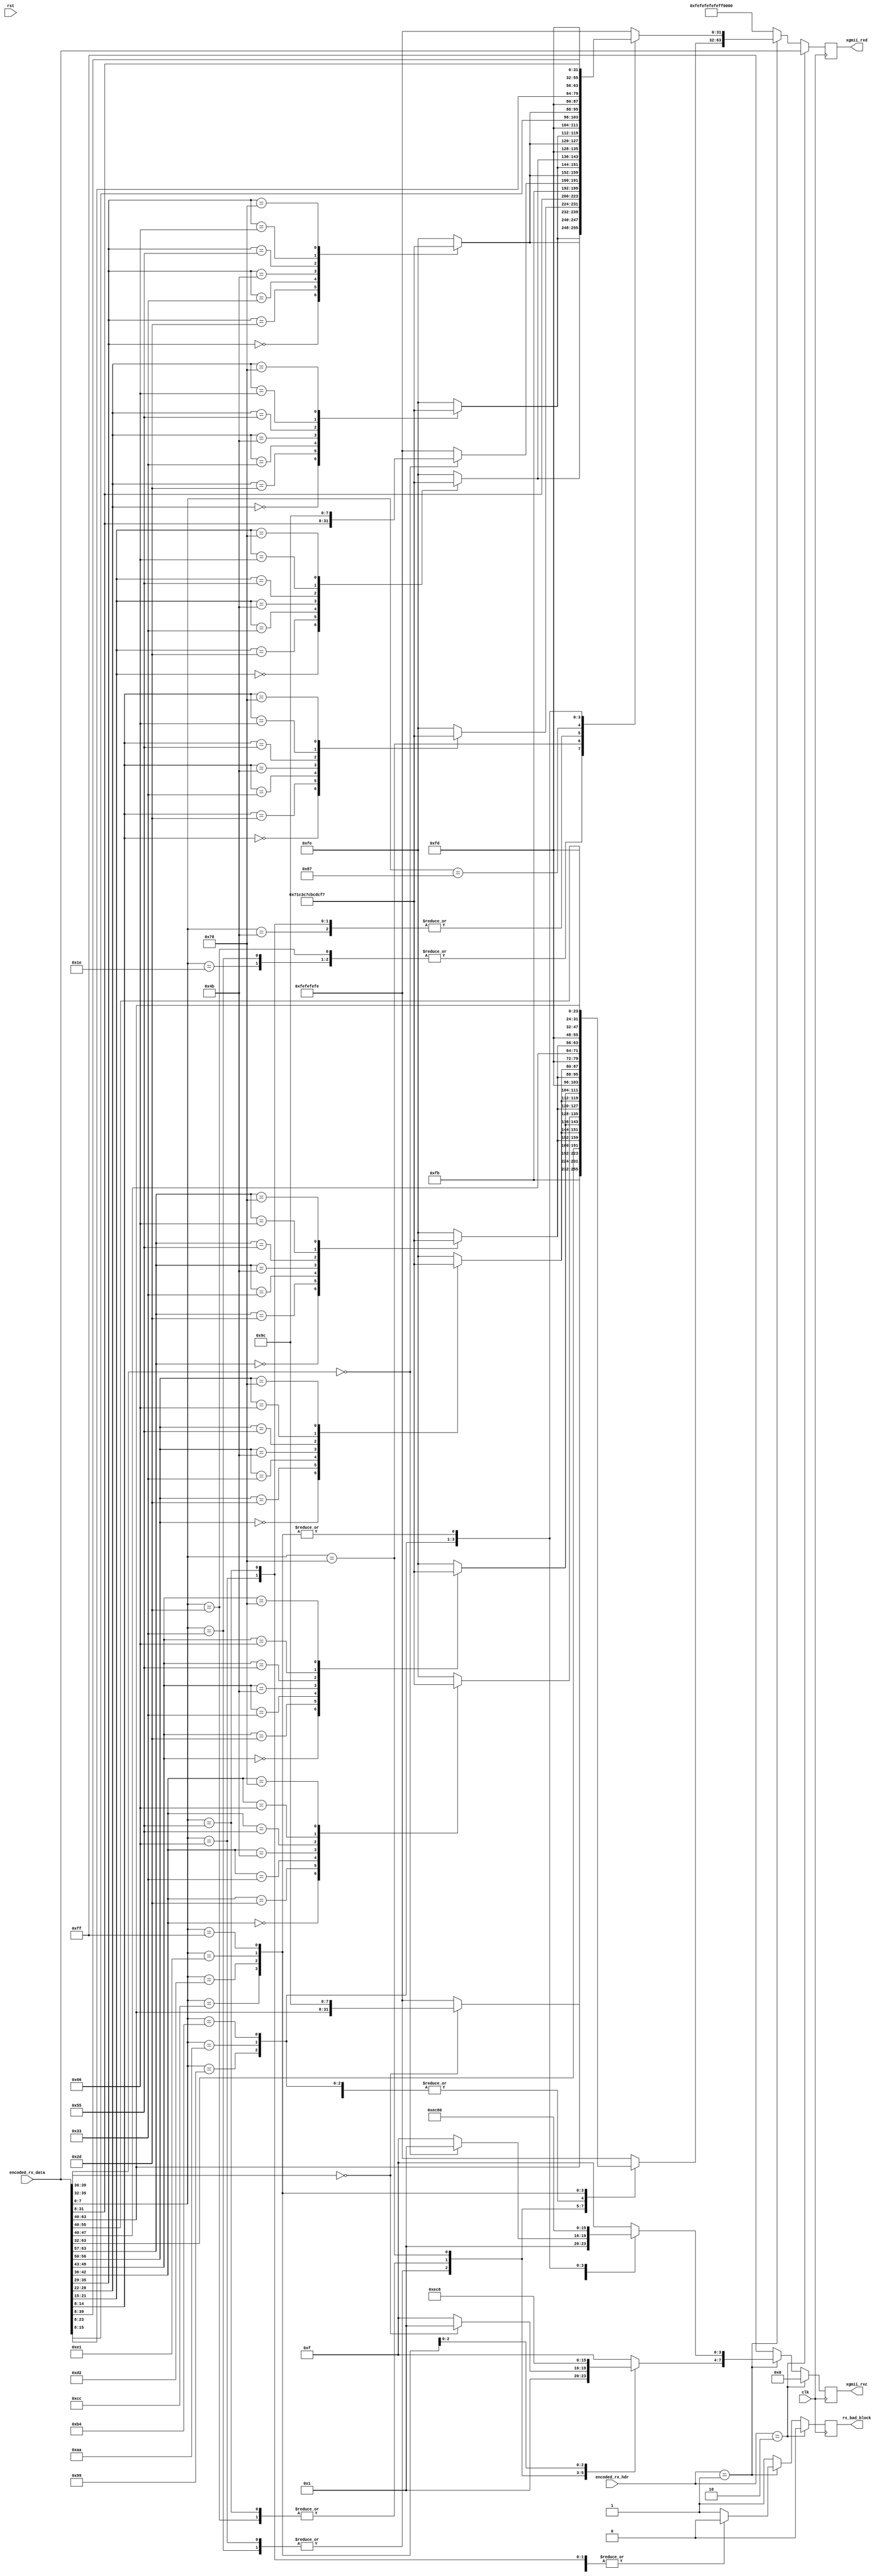
module xgmii_baser_dec_64 #
(
    parameter DATA_WIDTH = 64,
    parameter CTRL_WIDTH = (DATA_WIDTH/8),
    parameter HDR_WIDTH = 2
)
(
    input  wire                  clk,
    input  wire                  rst,
    /*
     */
    input  wire [DATA_WIDTH-1:0] encoded_rx_data,
    input  wire [HDR_WIDTH-1:0]  encoded_rx_hdr,
    /*
     */
    output wire [DATA_WIDTH-1:0] xgmii_rxd,
    output wire [CTRL_WIDTH-1:0] xgmii_rxc,
    /*
     */
    output wire                  rx_bad_block
);
// bus width assertions
initial begin
    if (DATA_WIDTH != 64) begin
        $error("Error: Interface width must be 64");
        $finish;
    end
    if (CTRL_WIDTH * 8 != DATA_WIDTH) begin
        $error("Error: Interface requires byte (8-bit) granularity");
        $finish;
    end
    if (HDR_WIDTH != 2) begin
        $error("Error: HDR_WIDTH must be 2");
        $finish;
    end
end
localparam [7:0]
    XGMII_IDLE   = 8'h07,
    XGMII_LPI    = 8'h06,
    XGMII_START  = 8'hfb,
    XGMII_TERM   = 8'hfd,
    XGMII_ERROR  = 8'hfe,
    XGMII_SEQ_OS = 8'h9c,
    XGMII_RES_0  = 8'h1c,
    XGMII_RES_1  = 8'h3c,
    XGMII_RES_2  = 8'h7c,
    XGMII_RES_3  = 8'hbc,
    XGMII_RES_4  = 8'hdc,
    XGMII_RES_5  = 8'hf7,
    XGMII_SIG_OS = 8'h5c;
localparam [6:0]
    CTRL_IDLE  = 7'h00,
    CTRL_LPI   = 7'h06,
    CTRL_ERROR = 7'h1e,
    CTRL_RES_0 = 7'h2d,
    CTRL_RES_1 = 7'h33,
    CTRL_RES_2 = 7'h4b,
    CTRL_RES_3 = 7'h55,
    CTRL_RES_4 = 7'h66,
    CTRL_RES_5 = 7'h78;
localparam [3:0]
    O_SEQ_OS = 4'h0,
    O_SIG_OS = 4'hf;
localparam [1:0]
    SYNC_DATA = 2'b10,
    SYNC_CTRL = 2'b01;
localparam [7:0]
    BLOCK_TYPE_CTRL     = 8'h1e, // C7 C6 C5 C4 C3 C2 C1 C0 BT
    BLOCK_TYPE_OS_4     = 8'h2d, // D7 D6 D5 O4 C3 C2 C1 C0 BT
    BLOCK_TYPE_START_4  = 8'h33, // D7 D6 D5    C3 C2 C1 C0 BT
    BLOCK_TYPE_OS_START = 8'h66, // D7 D6 D5    O0 D3 D2 D1 BT
    BLOCK_TYPE_OS_04    = 8'h55, // D7 D6 D5 O4 O0 D3 D2 D1 BT
    BLOCK_TYPE_START_0  = 8'h78, // D7 D6 D5 D4 D3 D2 D1    BT
    BLOCK_TYPE_OS_0     = 8'h4b, // C7 C6 C5 C4 O0 D3 D2 D1 BT
    BLOCK_TYPE_TERM_0   = 8'h87, // C7 C6 C5 C4 C3 C2 C1    BT
    BLOCK_TYPE_TERM_1   = 8'h99, // C7 C6 C5 C4 C3 C2    D0 BT
    BLOCK_TYPE_TERM_2   = 8'haa, // C7 C6 C5 C4 C3    D1 D0 BT
    BLOCK_TYPE_TERM_3   = 8'hb4, // C7 C6 C5 C4    D2 D1 D0 BT
    BLOCK_TYPE_TERM_4   = 8'hcc, // C7 C6 C5    D3 D2 D1 D0 BT
    BLOCK_TYPE_TERM_5   = 8'hd2, // C7 C6    D4 D3 D2 D1 D0 BT
    BLOCK_TYPE_TERM_6   = 8'he1, // C7    D5 D4 D3 D2 D1 D0 BT
    BLOCK_TYPE_TERM_7   = 8'hff; //    D6 D5 D4 D3 D2 D1 D0 BT
reg [DATA_WIDTH-1:0] decoded_ctrl;
reg [CTRL_WIDTH-1:0] decode_err;
reg [DATA_WIDTH-1:0] xgmii_rxd_reg = {DATA_WIDTH{1'b0}}, xgmii_rxd_next;
reg [CTRL_WIDTH-1:0] xgmii_rxc_reg = {CTRL_WIDTH{1'b0}}, xgmii_rxc_next;
reg rx_bad_block_reg = 1'b0, rx_bad_block_next;
assign xgmii_rxd = xgmii_rxd_reg;
assign xgmii_rxc = xgmii_rxc_reg;
assign rx_bad_block = rx_bad_block_reg;
integer i;
always @* begin
    xgmii_rxd_next = {8{XGMII_ERROR}};
    xgmii_rxc_next = 8'hff;
    rx_bad_block_next = 1'b0;
    for (i = 0; i < CTRL_WIDTH; i = i + 1) begin
        case (encoded_rx_data[7*i+8 +: 7])
            CTRL_IDLE: begin
                decoded_ctrl[8*i +: 8] = XGMII_IDLE;
                decode_err[i] = 1'b0;
            end
            CTRL_ERROR: begin
                decoded_ctrl[8*i +: 8] = XGMII_ERROR;
                decode_err[i] = 1'b0;
            end
            CTRL_RES_0: begin
                decoded_ctrl[8*i +: 8] = XGMII_RES_0;
                decode_err[i] = 1'b0;
            end
            CTRL_RES_1: begin
                decoded_ctrl[8*i +: 8] = XGMII_RES_1;
                decode_err[i] = 1'b0;
            end
            CTRL_RES_2: begin
                decoded_ctrl[8*i +: 8] = XGMII_RES_2;
                decode_err[i] = 1'b0;
            end
            CTRL_RES_3: begin
                decoded_ctrl[8*i +: 8] = XGMII_RES_3;
                decode_err[i] = 1'b0;
            end
            CTRL_RES_4: begin
                decoded_ctrl[8*i +: 8] = XGMII_RES_4;
                decode_err[i] = 1'b0;
            end
            CTRL_RES_5: begin
                decoded_ctrl[8*i +: 8] = XGMII_RES_5;
                decode_err[i] = 1'b0;
            end
            default: begin
                decoded_ctrl[8*i +: 8] = XGMII_ERROR;
                decode_err[i] = 1'b1;
            end
        endcase
    end
    if (encoded_rx_hdr == SYNC_DATA) begin
        xgmii_rxd_next = encoded_rx_data;
        xgmii_rxc_next = 8'h00;
    end else if (encoded_rx_hdr == SYNC_CTRL) begin
        case (encoded_rx_data[7:0])
            BLOCK_TYPE_CTRL: begin
                // C7 C6 C5 C4 C3 C2 C1 C0 BT
                xgmii_rxd_next = decoded_ctrl;
                xgmii_rxc_next = 8'hff;
            end
            BLOCK_TYPE_OS_4: begin
                // D7 D6 D5 O4 C3 C2 C1 C0 BT
                xgmii_rxd_next[31:0] = decoded_ctrl[31:0];
                xgmii_rxc_next[3:0] = 4'hf;
                if (encoded_rx_data[39:36] == O_SEQ_OS) begin
                    xgmii_rxd_next[63:32] = {encoded_rx_data[63:40], XGMII_SEQ_OS};
                    xgmii_rxc_next[7:4] = 4'h1;
                end else begin
                    xgmii_rxd_next[63:32] = {4{XGMII_ERROR}};
                    xgmii_rxc_next[7:4] = 4'hf;
                end
            end
            BLOCK_TYPE_START_4: begin
                // D7 D6 D5    C3 C2 C1 C0 BT
                xgmii_rxd_next = {encoded_rx_data[63:40], XGMII_START, decoded_ctrl[31:0]};
                xgmii_rxc_next = 8'h1f;
            end
            BLOCK_TYPE_OS_START: begin
                // D7 D6 D5    O0 D3 D2 D1 BT
                if (encoded_rx_data[35:32] == O_SEQ_OS) begin
                    xgmii_rxd_next[31:0] = {encoded_rx_data[31:8], XGMII_SEQ_OS};
                    xgmii_rxc_next[3:0] = 4'h1;
                end else begin
                    xgmii_rxd_next[31:0] = {4{XGMII_ERROR}};
                    xgmii_rxc_next[3:0] = 4'hf;
                end
                xgmii_rxd_next[63:32] = {encoded_rx_data[63:40], XGMII_START};
                xgmii_rxc_next[7:4] = 4'h1;
            end
            BLOCK_TYPE_OS_04: begin
                // D7 D6 D5 O4 O0 D3 D2 D1 BT
                if (encoded_rx_data[35:32] == O_SEQ_OS) begin
                    xgmii_rxd_next[31:0] = {encoded_rx_data[31:8], XGMII_SEQ_OS};
                    xgmii_rxc_next[3:0] = 4'h1;
                end else begin
                    xgmii_rxd_next[31:0] = {4{XGMII_ERROR}};
                    xgmii_rxc_next[3:0] = 4'hf;
                end
                if (encoded_rx_data[39:36] == O_SEQ_OS) begin
                    xgmii_rxd_next[63:32] = {encoded_rx_data[63:40], XGMII_SEQ_OS};
                    xgmii_rxc_next[7:4] = 4'h1;
                end else begin
                    xgmii_rxd_next[63:32] = {4{XGMII_ERROR}};
                    xgmii_rxc_next[7:4] = 4'hf;
                end
            end
            BLOCK_TYPE_START_0: begin
                // D7 D6 D5 D4 D3 D2 D1    BT
                xgmii_rxd_next = {encoded_rx_data[63:8], XGMII_START};
                xgmii_rxc_next = 8'h01;
            end
            BLOCK_TYPE_OS_0: begin
                // C7 C6 C5 C4 O0 D3 D2 D1 BT
                if (encoded_rx_data[35:32] == O_SEQ_OS) begin
                    xgmii_rxd_next[31:0] = {encoded_rx_data[31:8], XGMII_SEQ_OS};
                    xgmii_rxc_next[3:0] = 4'h1;
                end else begin
                    xgmii_rxd_next[31:0] = {4{XGMII_ERROR}};
                    xgmii_rxc_next[3:0] = 4'hf;
                end
                xgmii_rxd_next[63:32] = decoded_ctrl[63:32];
                xgmii_rxc_next[7:4] = 4'hf;
            end
            BLOCK_TYPE_TERM_0: begin
                // C7 C6 C5 C4 C3 C2 C1    BT
                xgmii_rxd_next = {decoded_ctrl[63:8], XGMII_TERM};
                xgmii_rxc_next = 8'hff;
            end
            BLOCK_TYPE_TERM_1: begin
                // C7 C6 C5 C4 C3 C2    D0 BT
                xgmii_rxd_next = {decoded_ctrl[63:16], XGMII_TERM, encoded_rx_data[15:8]};
                xgmii_rxc_next = 8'hfe;
            end
            BLOCK_TYPE_TERM_2: begin
                // C7 C6 C5 C4 C3    D1 D0 BT
                xgmii_rxd_next = {decoded_ctrl[63:24], XGMII_TERM, encoded_rx_data[23:8]};
                xgmii_rxc_next = 8'hfc;
            end
            BLOCK_TYPE_TERM_3: begin
                // C7 C6 C5 C4    D2 D1 D0 BT
                xgmii_rxd_next = {decoded_ctrl[63:32], XGMII_TERM, encoded_rx_data[31:8]};
                xgmii_rxc_next = 8'hf8;
            end
            BLOCK_TYPE_TERM_4: begin
                // C7 C6 C5    D3 D2 D1 D0 BT
                xgmii_rxd_next = {decoded_ctrl[63:40], XGMII_TERM, encoded_rx_data[39:8]};
                xgmii_rxc_next = 8'hf0;
            end
            BLOCK_TYPE_TERM_5: begin
                // C7 C6    D4 D3 D2 D1 D0 BT
                xgmii_rxd_next = {decoded_ctrl[63:48], XGMII_TERM, encoded_rx_data[47:8]};
                xgmii_rxc_next = 8'he0;
            end
            BLOCK_TYPE_TERM_6: begin
                // C7    D5 D4 D3 D2 D1 D0 BT
                xgmii_rxd_next = {decoded_ctrl[63:56], XGMII_TERM, encoded_rx_data[55:8]};
                xgmii_rxc_next = 8'hc0;
            end
            BLOCK_TYPE_TERM_7: begin
                //    D6 D5 D4 D3 D2 D1 D0 BT
                xgmii_rxd_next = {XGMII_TERM, encoded_rx_data[63:8]};
                xgmii_rxc_next = 8'h80;
            end
            default: begin
                // invalid block type
                xgmii_rxd_next = {8{XGMII_ERROR}};
                xgmii_rxc_next = 8'hff;
                rx_bad_block_next = 1'b1;
            end
        endcase
    end else begin
        // invalid header
        xgmii_rxd_next = {8{XGMII_ERROR}};
        xgmii_rxc_next = 8'hff;
        rx_bad_block_next = 1'b1;
    end
end
always @(posedge clk) begin
    xgmii_rxd_reg <= xgmii_rxd_next;
    xgmii_rxc_reg <= xgmii_rxc_next;
    rx_bad_block_reg <= rx_bad_block_next;
end
endmodule